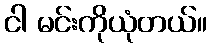
ငါ မင်းကိုယုံတယ်။